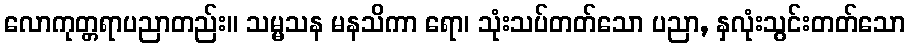
လောကုတ္တရာပညာတည်း။ သမ္မသန မနသိကာ ရော၊ သုံးသပ်တတ်သော ပညာ, နှလုံးသွင်းတတ်သော